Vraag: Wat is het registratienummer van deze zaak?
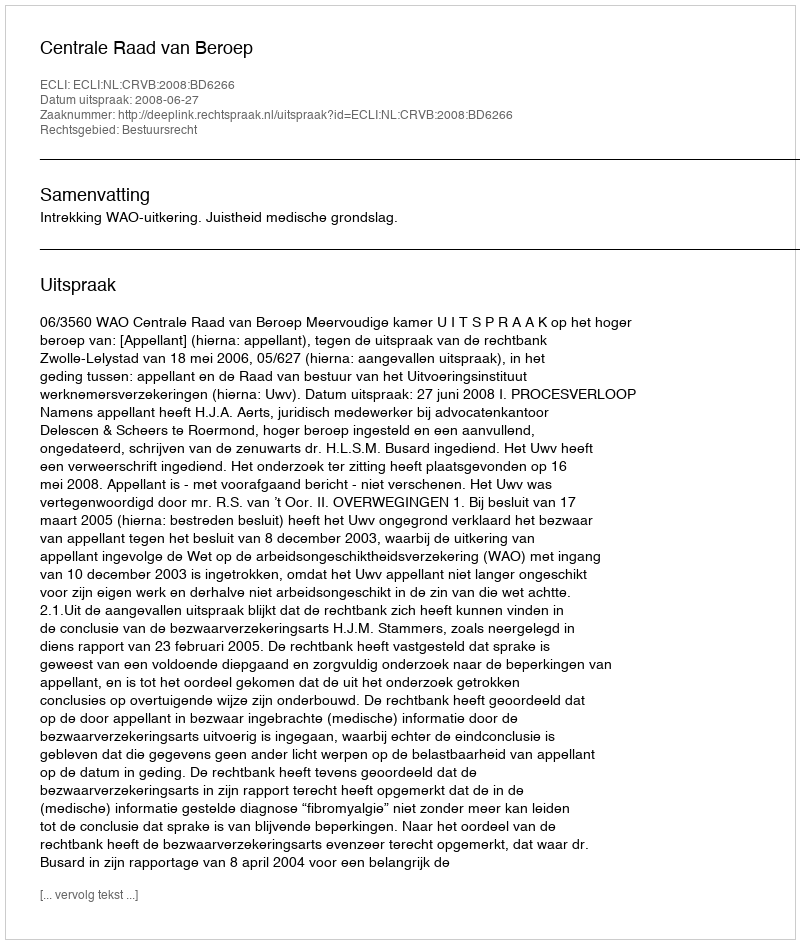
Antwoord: http://deeplink.rechtspraak.nl/uitspraak?id=ECLI:NL:CRVB:2008:BD6266